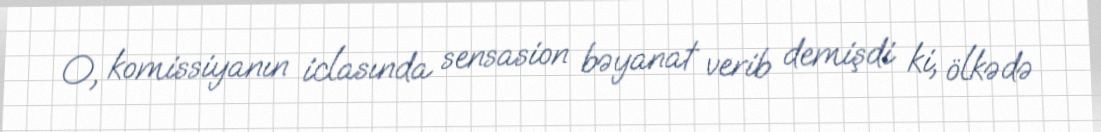
O, komissiyanın iclasında sensasion bəyanat verib demişdi ki, ölkədə